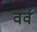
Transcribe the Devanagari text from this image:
वर्व